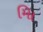
માિ